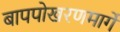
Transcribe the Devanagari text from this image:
बापपोखरणमार्गे